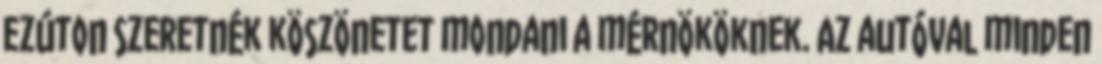
ezúton szeretnék köszönetet mondani a mérnököknek. Az autóval minden